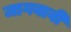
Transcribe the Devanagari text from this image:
जागवावी